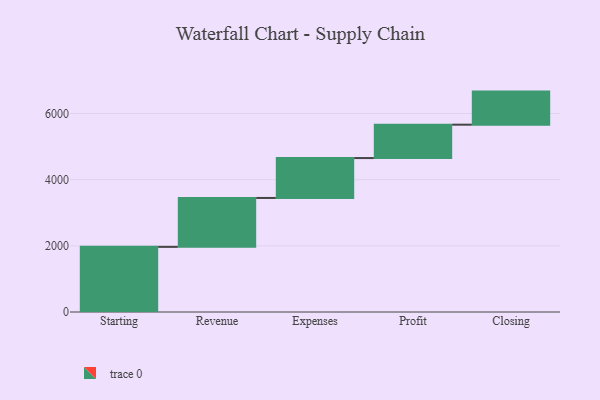
{"axis": {"x": "Step", "y": "Value"}, "legend": [""], "data": [{"x": "Starting", "y": 1969.0, "type": ""}, {"x": "Revenue", "y": 1478.0, "type": ""}, {"x": "Expenses", "y": 1206.0, "type": ""}, {"x": "Profit", "y": 1009.0, "type": ""}, {"x": "Closing", "y": 1000, "type": ""}]}